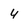
Character: 4